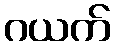
ဂယက်